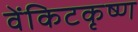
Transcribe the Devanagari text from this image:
वेंकिटकृष्ण